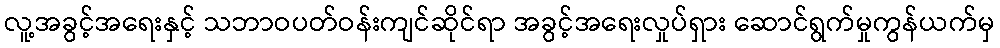
လူ့အခွင့်အရေးနှင့် သဘာဝပတ်ဝန်းကျင်ဆိုင်ရာ အခွင့်အရေးလှုပ်ရှား ဆောင်ရွက်မှုကွန်ယက်မှ